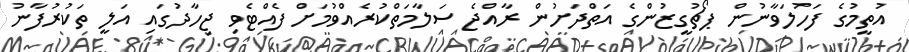
އުތީމުގެ ފަހުލަވާނުން ޕޯޗުގީޒުންގެ އަތްދަށުން ރާއްޖެ ސަލާމަތްކުރެއްވުމަށް ފެއްޓެވި ޖިހާދުގައި އަލީ ތަކުރުފާނު